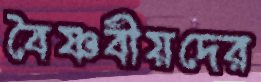
বৈষ্ণবীয়দের